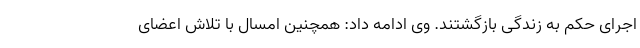
اجرای حکم به زندگی بازگشتند. وی ادامه داد: همچنین امسال با تلاش اعضای